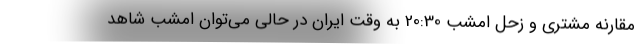
مقارنه مشتری و زحل امشب 20:30 به وقت ایران در حالی می‌توان امشب شاهد